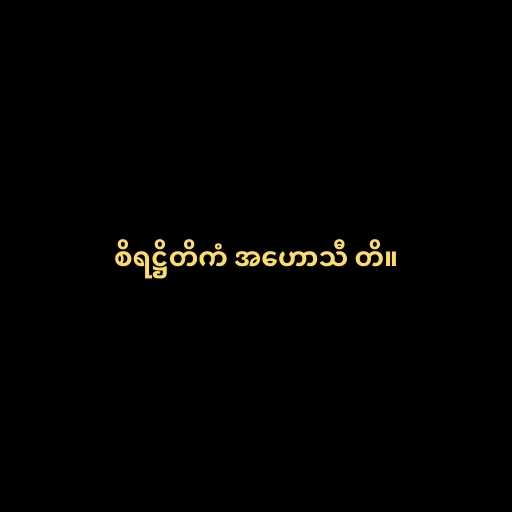
စိရဋ္ဌိတိကံ အဟောသီ တိ။